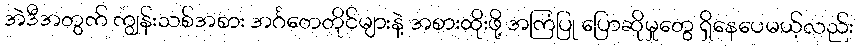
အဲဒီအတွက် ကျွန်းသစ်အစား အင်္ဂတေတိုင်များနဲ့ အစားထိုးဖို့ အကြံပြု ပြောဆိုမှုတွေ ရှိနေပေမယ့်လည်း